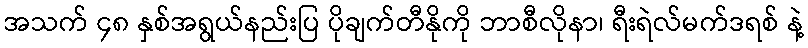
အသက် ၄၈ နှစ်အရွယ်နည်းပြ ပိုချက်တီနိုကို ဘာစီလိုနာ၊ ရီးရဲလ်မက်ဒရစ် နဲ့